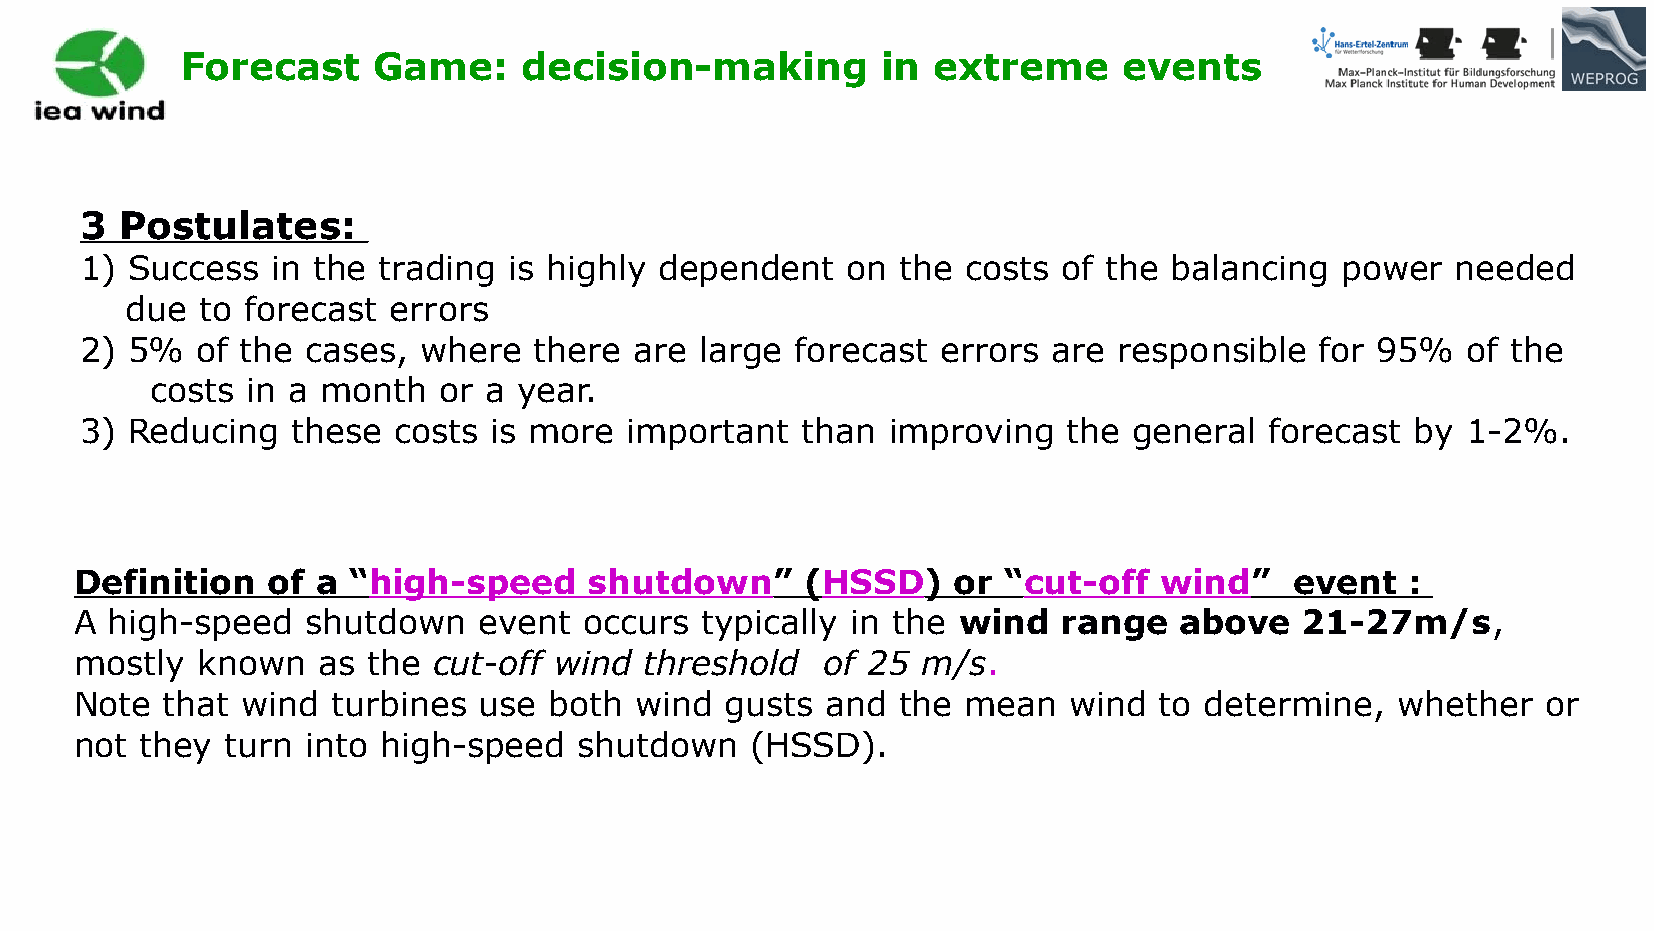
Forecast     Game:     decision-making        in  extreme     events
 3  Postulates:
 1) Success   in the trading  is highly dependent   on  the costs of the  balancing  power  needed
 due  to forecast  errors
 2) 5%   of the cases,  where  there  are large  forecast errors  are responsible  for 95%   of the
 costs in a month   or a year.
 3) Reducing   these  costs is more  important   than  improving   the general  forecast  by 1-2%.
 Definition   of a “high-speed     shutdown”     (HSSD)    or “cut-off   wind”    event  :
 A high-speed   shutdown    event  occurs typically in the wind   range   above   21-27m/s,
 mostly  known   as the  cut-off wind  threshold   of 25 m/s.
 Note  that wind  turbines  use both  wind  gusts  and  the mean   wind  to determine,  whether   or
 not they  turn into high-speed   shutdown    (HSSD).